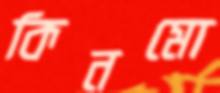
কিনমো